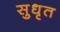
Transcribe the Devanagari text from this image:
सुधृत